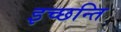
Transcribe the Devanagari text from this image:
इच्छन्ति